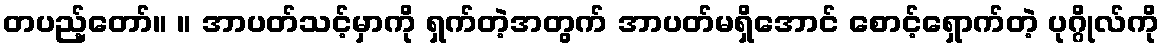
တပည့်တော်။ ။ အာပတ်သင့်မှာကို ရှက်တဲ့အတွက် အာပတ်မရှိအောင် စောင့်ရှောက်တဲ့ ပုဂ္ဂိုလ်ကို